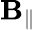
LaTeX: \mathbf{B}_{\parallel}